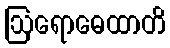
ဩရောဓေထာတိ